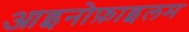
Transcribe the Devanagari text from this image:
आइनोफ़ाइलम